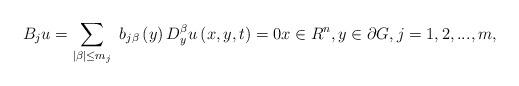
LaTeX: \begin{align*}B_{j}u=\sum\limits_{\left\vert \beta \right\vert \leq m_{j}}\ b_{j\beta}\left( y\right) D_{y}^{\beta }u\left( x,y,t\right) =0x\in R^{n},y\in \partial G,j=1,2,...,m, \end{align*}